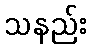
သနည်း